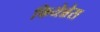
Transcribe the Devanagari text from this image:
फियेन्नेस